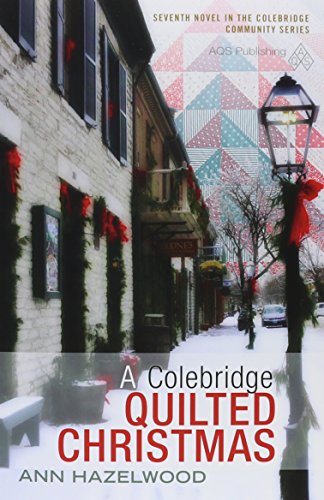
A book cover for A Colebridge Quilted Christmas (Colebridge Community); Hazelwood; Literature & Fiction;